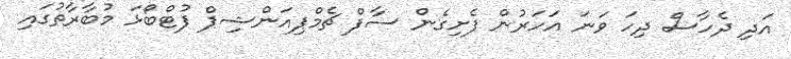
އަދި ދެހާސް ދިހަ ވަނަ އަހަރުން ފެށިގެން ސާފް ޗެމްޕިއަންޝިޕް ފުޓްބޯޅަ މުބާރާތުގައި